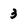
Character: 3